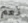
نعم